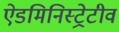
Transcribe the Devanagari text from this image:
ऐडमिनिस्ट्रेटीव